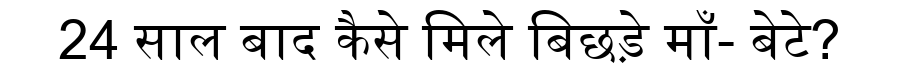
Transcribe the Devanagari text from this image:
24 साल बाद कैसे मिले बिछड़े माँ- बेटे?